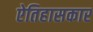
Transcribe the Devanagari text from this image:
ऐतिहासकार